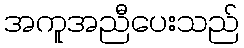
အကူအညီပေးသည်